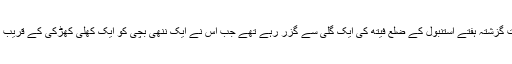
17 سالہ فوزی زبات گزشتہ ہفتے استنبول کے ضلع فیتھ کی ایک گلی سے گزر رہے تھے جب اس نے ایک ننھی بچی کو ایک کھلی کھڑکی کے قریب کھیلتے ہوئے دیکھا۔